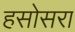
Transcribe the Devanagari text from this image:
हसोसरा